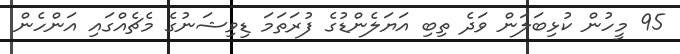
95 މީހުން ކުޅިބަލަން ވަދެ ތިބި އަޔަލެންޑުގެ ފުރަތަމަ ޑިވިޝަނުގެ މެޗެއްގައި އަންހެން